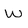
Character: w